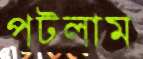
পটলাম